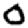
Digit: 0